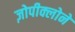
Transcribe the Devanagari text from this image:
ज़ोपीक्लोने